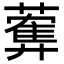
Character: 𦿠